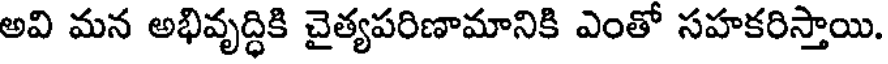
అవి మన అభివృద్ధికి చైత్యపరిణామానికి ఎంతో సహకరిస్తాయి.